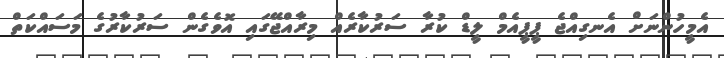
އެމީހުންނަށް އެނގިއްޖެ ޕީޕީއެމް ލީޑް ކުރާ ސަރުކާރެއް މިރާއްޖޭގައި އޮވެގެން ސަރުކާރުގެ މަސައްކަތް